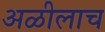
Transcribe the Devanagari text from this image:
अळीलाच